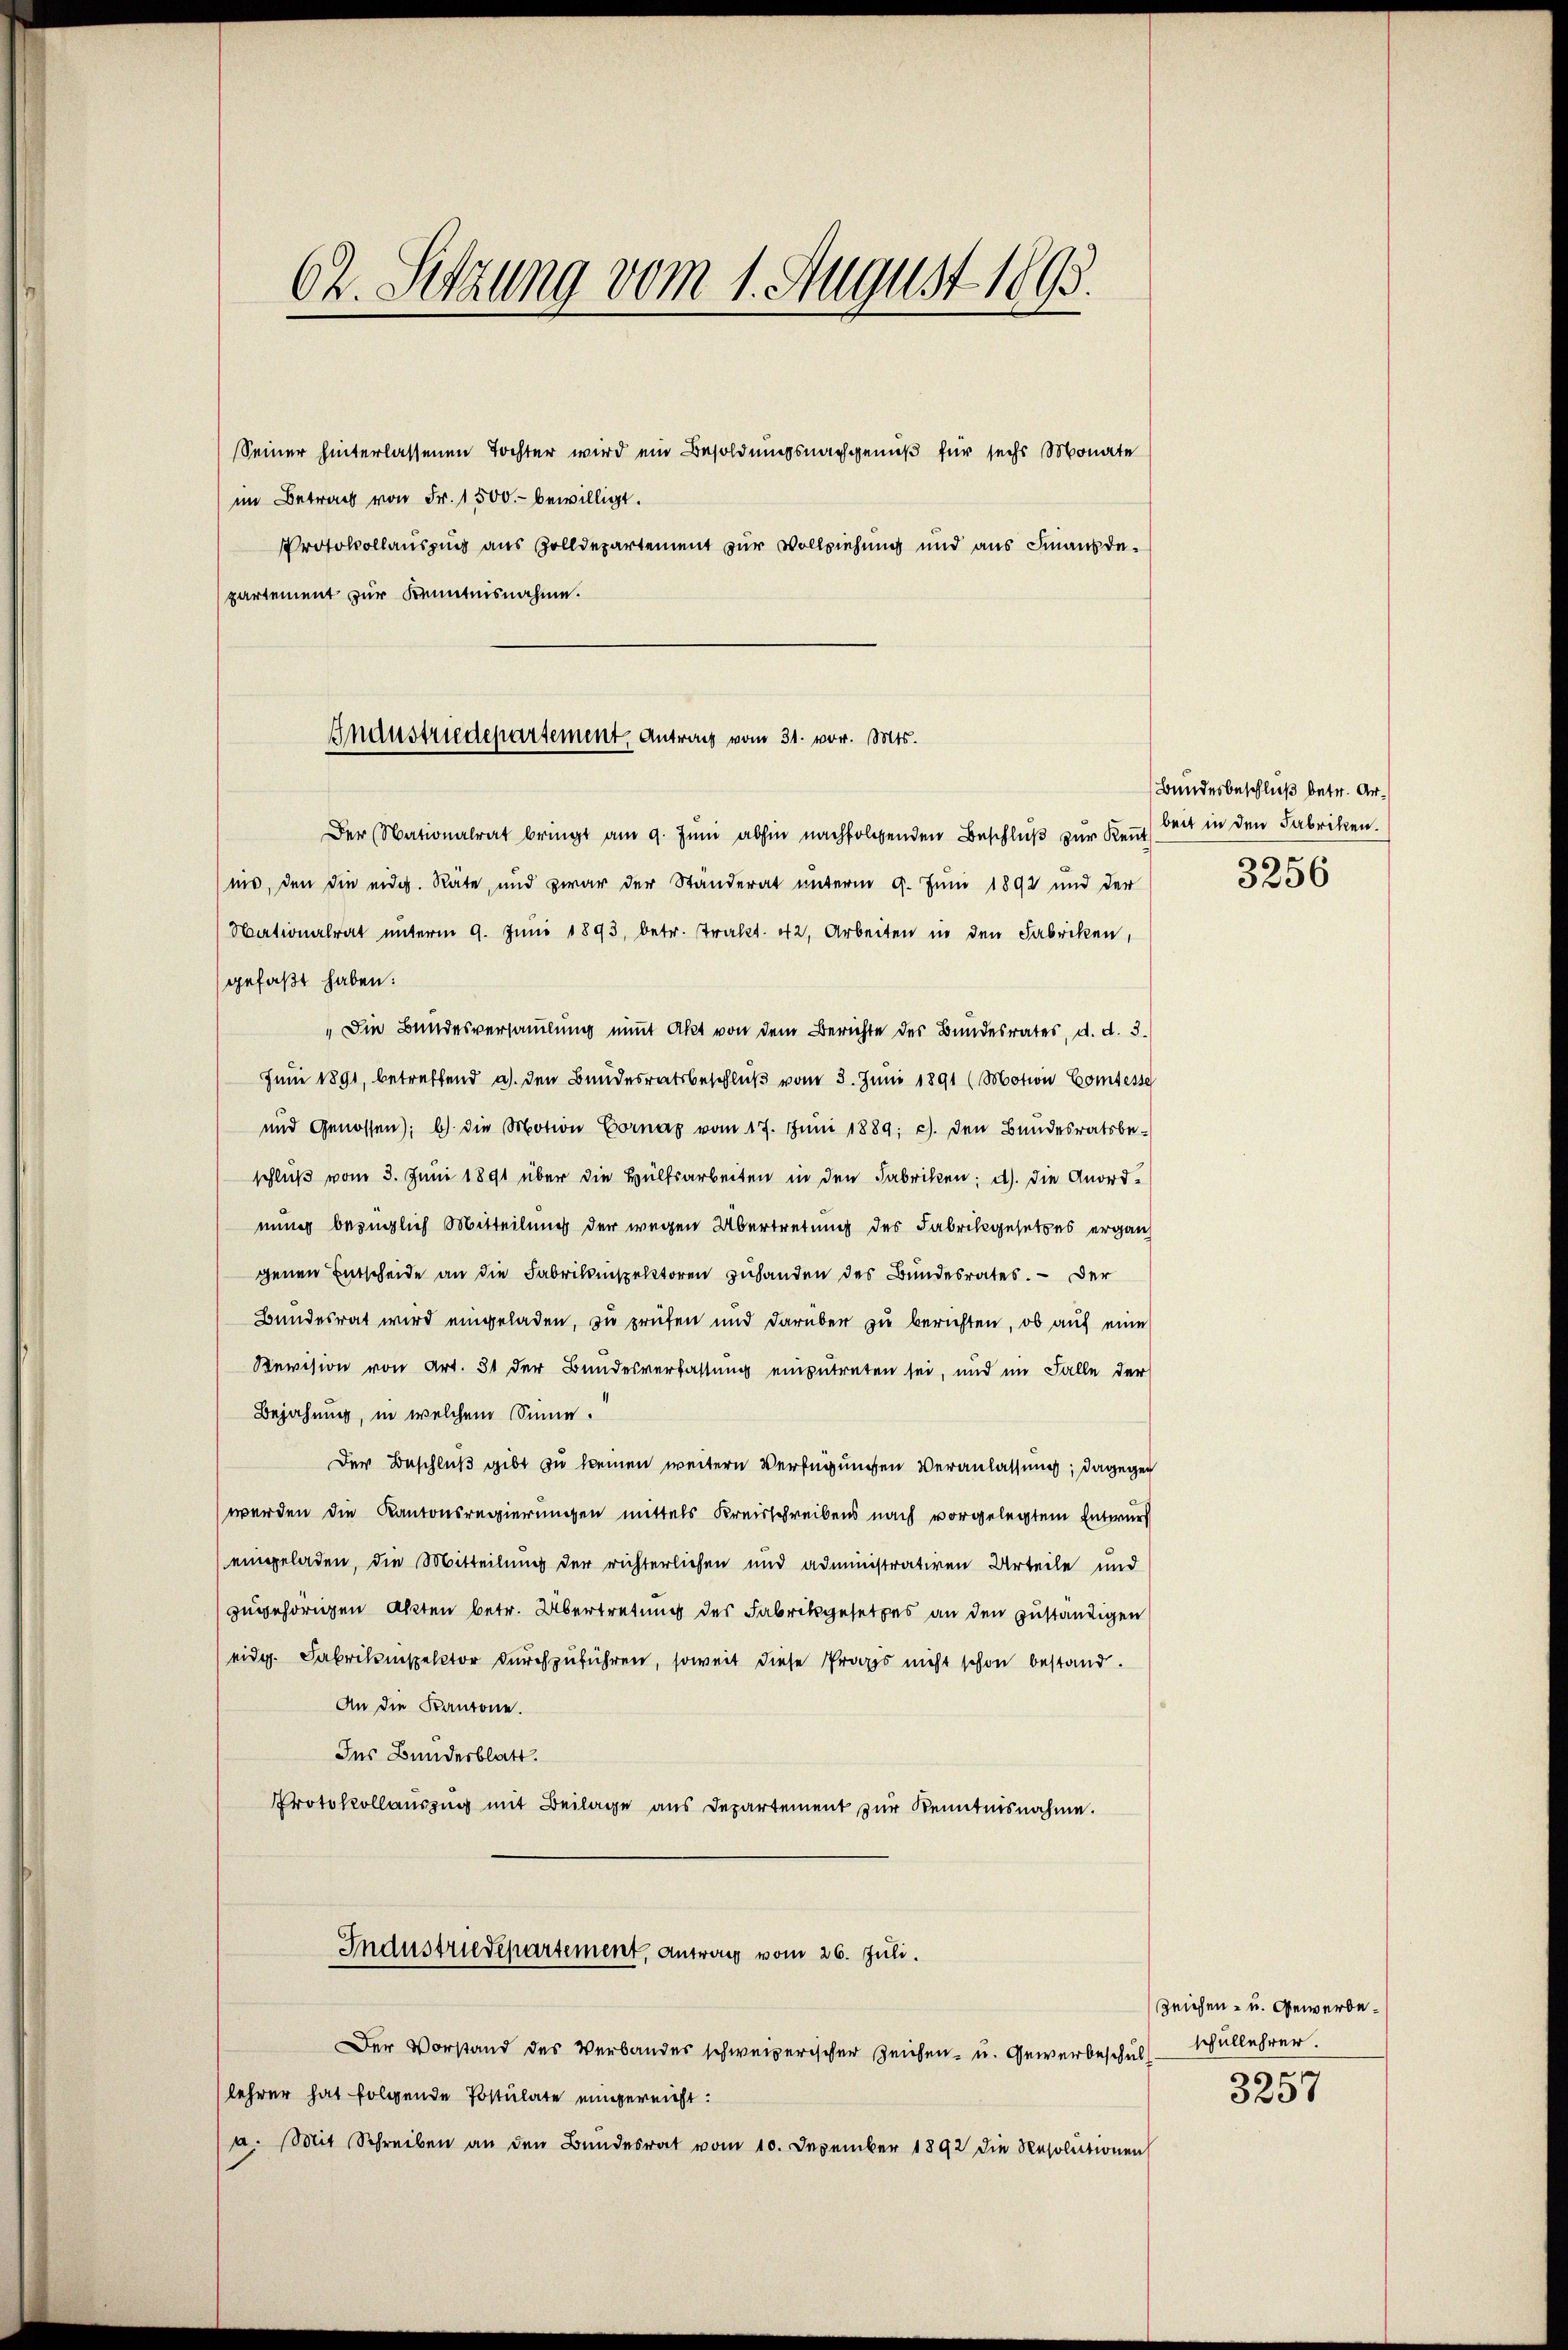
62. Sitzung vom 1. August 1895.

Seiner hinterlassenen Tochter wird ein Besoldungsnachgenuß für sechs Monate
im Betrag von Fr. 1500. bewilligt.
Protokollauszug aus Zolldepartement zur Vollziehung und aus Finanzdepartement zur Kenntnisnahme.

Gnaustriedepartement, Antrag vom 31. vor. Mts.

Der Nationalrat bringt am 9. Jŭni abhin nachfolgenden Beschlŭβ zŭr Keṅt
nis, den die eidg. Räte, und zwar der Ständerat unterm 9. Juni 1892 und der
ationalrat ŭnterm 9. Juni 1893, betr. Trakt. 42, Arbeiten in den Fabriken,
gefaßt haben:
"Die Bundesversamlung niṁt Akt von dem Berichte des Bundesrates, d. d. 3.
Juni 1891, betreffend a. den Bundesratsbeschluß vom 3. Juni 1891 (Motion Comtesse
und Genossen; b) die Motion Cornap vom 17. Jŭni 1889; c. den Bŭndesratsbe-
schlŭβ vom 3. Juni 1891 über die Hülfsarbeiten in den Fabriken: a) die Anordnung bezüglich Mitteilung der wegen Übertretung des Fabrikgesetzes ergänz
genen Entscheide an die Fabrikinspektoren zuhanden des Bundesrates. — Der
Bundesrat wird eingeladen, zu prüfen und darüber zu berichten, ob auf eine
Revision von Art. 31 der Bundesverfassung einzutreten sei, und im Falle der
Bejahung, in welchem Sinne.
Der Beschluß gibt zu keinen weitere Verfügungen Veranlassung; dagegen
werden die Kantonsregierungen mittels Kreisschreibens nach vorgelegtem Entwurf
eingeladen, die Mitteilung der richterlichen und administrativen Urteile und
zugehörigen Akten betr. Übertretung des Fabrikgesetzes an den zuständigen
eid. Fabrikinspektor durchzuführen, soweit diese Props nicht schon bestand.
An die Kantone.
Ins Bundesblatt.
Protokollauszug mit Beilage aus Departement zur Kenntnisnahme.
Industriedepartement, Antrag vom 26. Juli.
Der Vorstand des Verbandes schweizerischer Zeichen- u. Gewerbeschul-Wullehrer
lehrer hat folgende Postulate eingereicht:
a. Mit Schreiben an den Bundesrat vom 10. Dezember 1892 die Resolutionen

Bundesbeschluß betr. Arbeit in den Fabriken.
s
3236

Zeichen- u. Gewerbe¬
3257